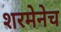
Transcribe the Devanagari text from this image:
शरमेनेच